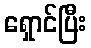
ရှောင်ပြီး